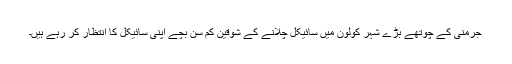
جرمنی کے چوتھے بڑے شہر کولون میں سائیکل چلانے کے شوقین کم سن بچے اپنی سائیکل کا انتظار کر رہے ہیں۔